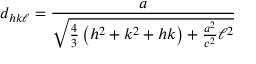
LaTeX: d _ { h k \ell } = { \frac { a } { \sqrt { { \frac { 4 } { 3 } } \left( h ^ { 2 } + k ^ { 2 } + h k \right) + { \frac { a ^ { 2 } } { c ^ { 2 } } } \ell ^ { 2 } } } }